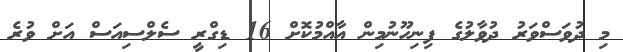
މި ދުވަސްވަރު ދުވާލުގެ ފިނިހޫނުމިން އާއްމުކޮށް 16 ޑިގްރީ ސެލްސިއަސް އަށް ވުރެ